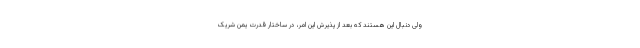
ولی دنبال این هستند که بعد از پذیرش این امر، در ساختار قدرت یمن شریک